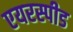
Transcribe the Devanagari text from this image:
एयरस्पीड